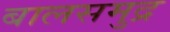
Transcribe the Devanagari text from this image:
बालसमुद्र